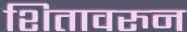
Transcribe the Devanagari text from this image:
शितावरुन